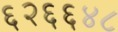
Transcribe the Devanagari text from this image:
६२६६४८